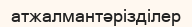
атжалмантәрізділер